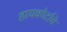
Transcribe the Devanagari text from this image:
हायकोर्टाचे